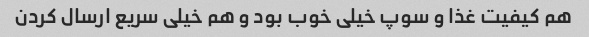
هم کیفیت غذا و سوپ خیلی خوب بود و هم خیلی سریع ارسال کردن